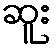
ဆူး